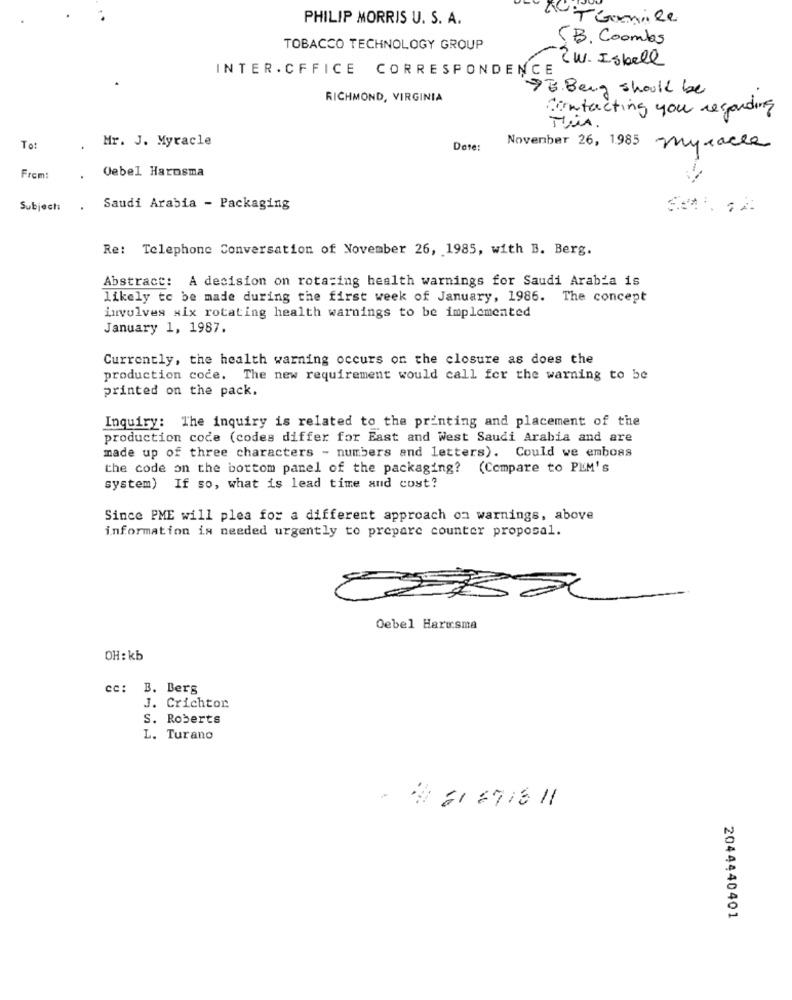
PHILIP MORRIS U. S. A.
TGamile
S.B. Coombs
TOBACCO TECHNOLOGY GROUP
ZW. Isbell
INTER . CFFICE CORRESPONDENCE
B. Beng should be
RICHMOND, VIRGINIA
contacting you regarding
This.
Mr. J. Myracle
Tot
Date:
November 26, 1985 myracle
From:
Cebel Harosma
Subject:
.
Saudi Arabia - Packaging
Re: Telephone Conversation of November 26, 1985, with B. Berg.
Abstract: A decision on rota:ing health warnings for Saudi Arabia is
likely to be made during the first week of January, 1986.
The concept
involves six rotating health warnings to be implemented
January 1, 1987.
Currently, the health warning occurs on the closure as does the
production coce. The new requirement would call for the warning to be
printed on the pack.
Inquiry: The inquiry is related to the printing and placement of the
production code (codes differ for East and West Saudi Arabia and are
made up of three characters - numbers and letters). Could we emboss
the code on the bottom panel of the packaging? (Compare to PLM's
system) If so, what is lead time and cost?
Since PME will plea for a different approach on warnings, above
information is needed urgently to prepare counter proposal.
Cebel Harusma
OH: kb
cc: B. Berg
J. Crichton
S. Roberts
L. Turano
. # 61 6718 11
2044440401